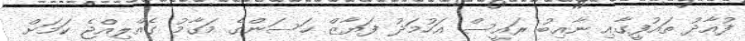
ފުއާދު ތައުފީގާއި ނާއިބު ރައީސް އަހުމަދު ފަޔާޒް ހަސަންގެ މަގާމު ގެއްލިއްޖެ ކަމަށް